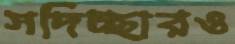
সদিচ্ছারও